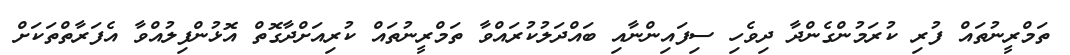
ތަމްރީނުތައް ފުރި ކުރަމުންގެންދާ ދިވެހި ސިފައިންނާއި ބައްދަލުކުރައްވާ ތަމްރީނުތައް ކުރިއަށްދާގޮތް އޮޅުންފިލުއްވާ އެފަރާތްތަކަށް